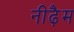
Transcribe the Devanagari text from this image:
नीढ़ैम